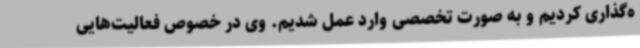
ه‌گذاری کردیم و به صورت تخصصی وارد عمل شدیم. وی در خصوص فعالیت‌هایی